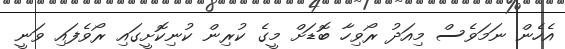
އެހެން ނަމަވެސް މިއަދު ރޯވިހާ ބޮޑަށް މީގެ ކުރިން ކުނިކޮށީގައި ރޯވެފައި ވަނީ